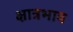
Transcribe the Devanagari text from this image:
क्षात्रभाव